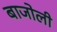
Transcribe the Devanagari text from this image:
बाजोली